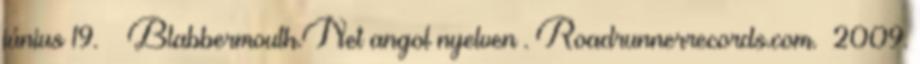
június 19. ↑ Blabbermouth.Net angol nyelven . Roadrunnerrecords.com. 2009.